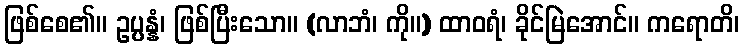
ဖြစ်စေ၏။ ဥပ္ပန္နံ၊ ဖြစ်ပြီးသော။ (လာဘံ၊ ကို။) ထာဝရံ၊ ခိုင်မြဲအောင်။ ကရောတိ၊